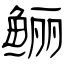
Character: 鲡